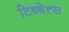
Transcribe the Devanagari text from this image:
टिब्बेत्स